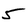
Character: 5